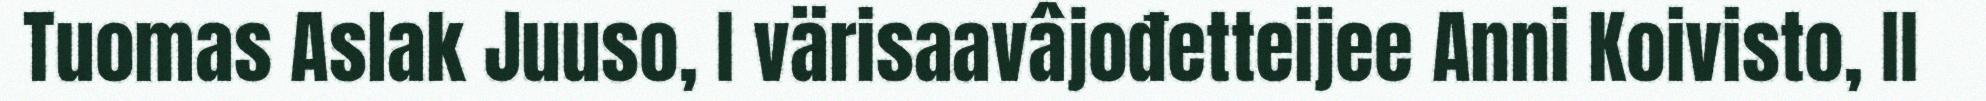
Tuomas Aslak Juuso, I värisaavâjođetteijee Anni Koivisto, II